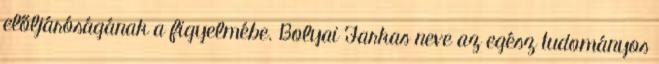
előljáróságának a figyelmébe. Bolyai Farkas neve az egész tudományos